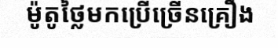
ម៉ូតូថ្លៃមកប្រើច្រើនគ្រឿង